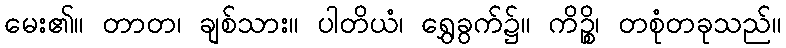
မေး၏။ တာတ၊ ချစ်သား။ ပါတိယံ၊ ရွှေခွက်၌။ ကိဉ္စိ၊ တစုံတခုသည်။